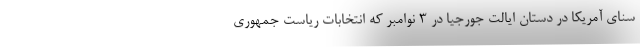
سنای آمریکا در دستان ایالت جورجیا در 3 نوامبر که انتخابات ریاست جمهوری